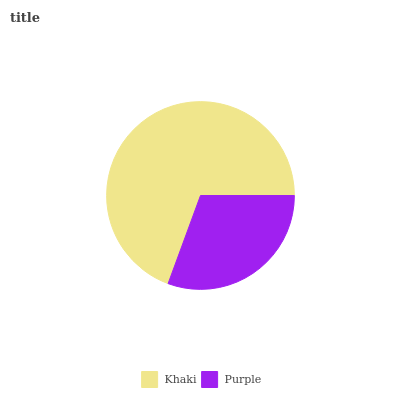
| Khaki | Purple |
 | --- | --- |
 | 69.4% | 30.6% |